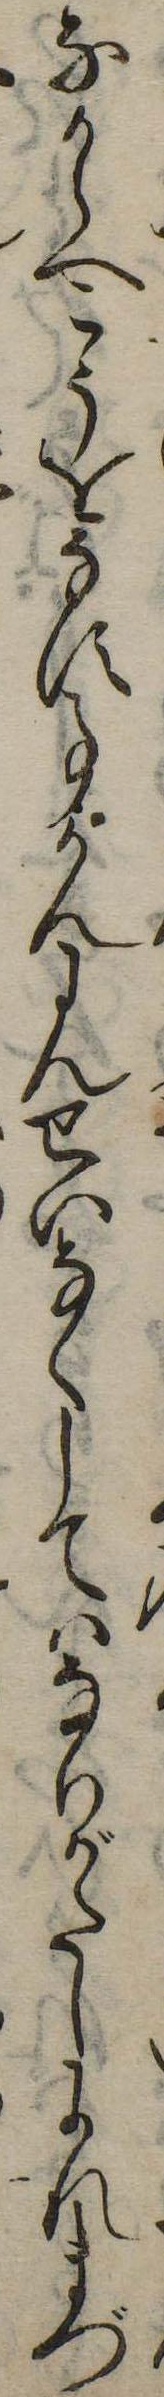
なからへこうをなす事かんにんせいなくしてはなりがたしわれまづ